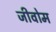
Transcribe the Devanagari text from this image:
जीवोम